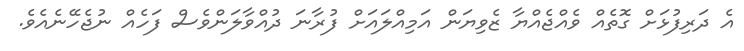
އެ ދަރިފުޅަށް ގޮތެއް ވެއްޖެއްޔާ ޒެވިޔަން އަމިއްލައަށް ފުރާނަ ދުއްވާލަންވެސް ފަހެއް ނުޖެހޭނެއެވެ.